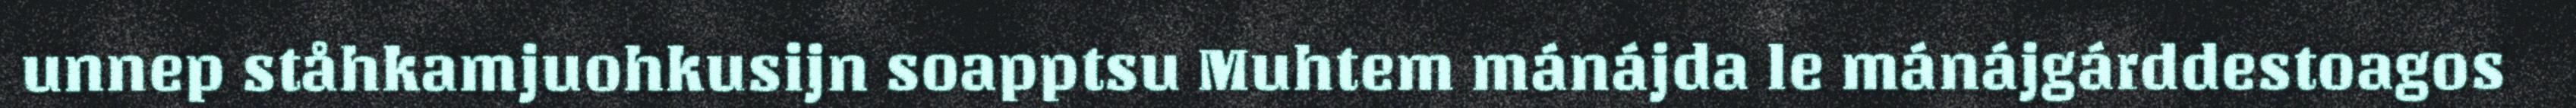
unnep ståhkamjuohkusijn soapptsu Muhtem mánájda le mánájgárddestoagos